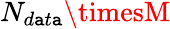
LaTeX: N_{d\mathtt{a}t\mathtt{a}}\timesM